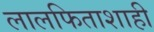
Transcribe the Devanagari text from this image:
लालफिताशाही